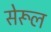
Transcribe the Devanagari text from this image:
सेरूल